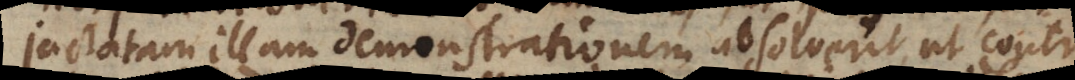
jactatam illam demonstrationem absolverit, ut contra